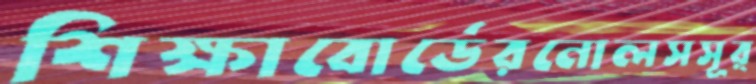
শিক্ষাবোর্ডেরনোলসসূর্